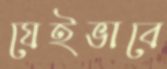
যেইভাবে